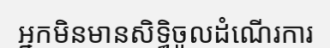
អ្នកមិនមានសិទ្ធិចូលដំណើរការ